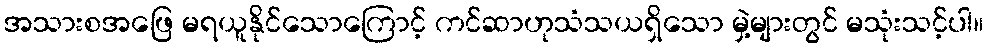
အသားစအဖြေ မရယူနိုင်သောကြောင့် ကင်ဆာဟုသံသယရှိသော မှဲ့များတွင် မသုံးသင့်ပါ။